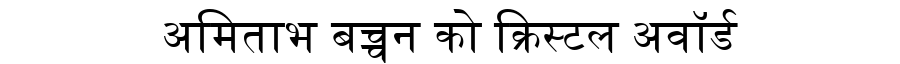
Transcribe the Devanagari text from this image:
अमिताभ बच्चन को क्रिस्टल अवॉर्ड